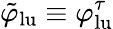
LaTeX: \tilde{\varphi}_{\mathrm{lu}}\equiv\varphi_{\mathrm{lu}}^{\tau}